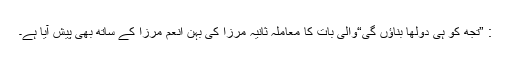
: ”تجھ کو ہی دولھا بناؤں گی“والی بات کا معاملہ ثانیہ مرزا کی بہن انعم مرزا کے ساتھ بھی پیش آیا ہے۔